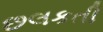
છલકતી